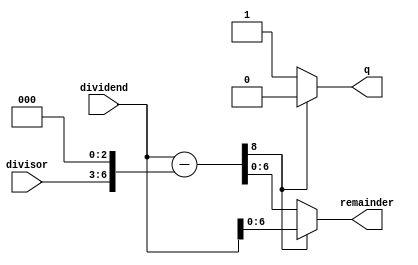
module DivBlock #(
  parameter XWIDTH = 8,
  parameter DWIDTH = 4 // X = DQ + R
)(
  // unsigned division
  input wire [XWIDTH-1:0] dividend,
  input wire [DWIDTH-1:0] divisor,
  output wire q,
  output wire [XWIDTH-2:0] remainder
);
  localparam QWIDTH = XWIDTH-DWIDTH;
  wire [XWIDTH-1:0] divisor_shft = {1'b0,divisor, {(QWIDTH-1){1'b0}}};
  wire [XWIDTH:0] diff = {1'b0, dividend} - {1'b0, divisor_shft};
  assign q = diff[XWIDTH] ? 1'b0 : 1'b1;
  assign remainder = diff[XWIDTH] ? dividend[XWIDTH-1:0] : diff[XWIDTH-2:0];
endmodule